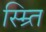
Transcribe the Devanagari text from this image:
स्म्र्ति